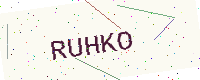
Text: RUHKO